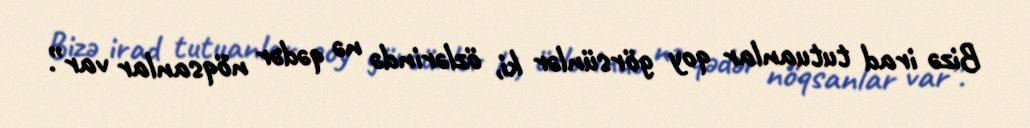
Bizə irad tutuanlar qoy görsünlər ki, özlərində nə qədər nöqsanlar var”.